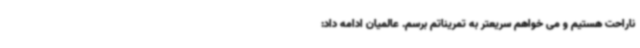
ناراحت هستیم و می خواهم سریعتر به تمریناتم برسم. عالمیان ادامه داد: